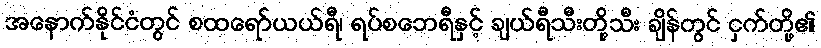
အနောက်နိုင်ငံတွင် စထရော်ယယ်ရီ၊ ရပ်စဘေရီနှင့် ချယ်ရီသီးတို့သီး ချိန်တွင် ငှက်တို့၏